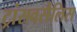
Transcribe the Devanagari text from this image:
ट्रांसवर्सैलिस